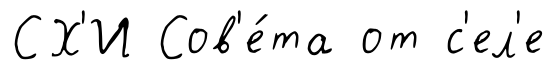
СХ'И Сов'е́та от с'ел'е